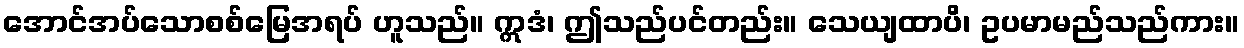
အောင်အပ်သောစစ်မြေအရပ် ဟူသည်။ ဣဒံ၊ ဤသည်ပင်တည်း။ သေယျထာပိ၊ ဥပမာမည်သည်ကား။